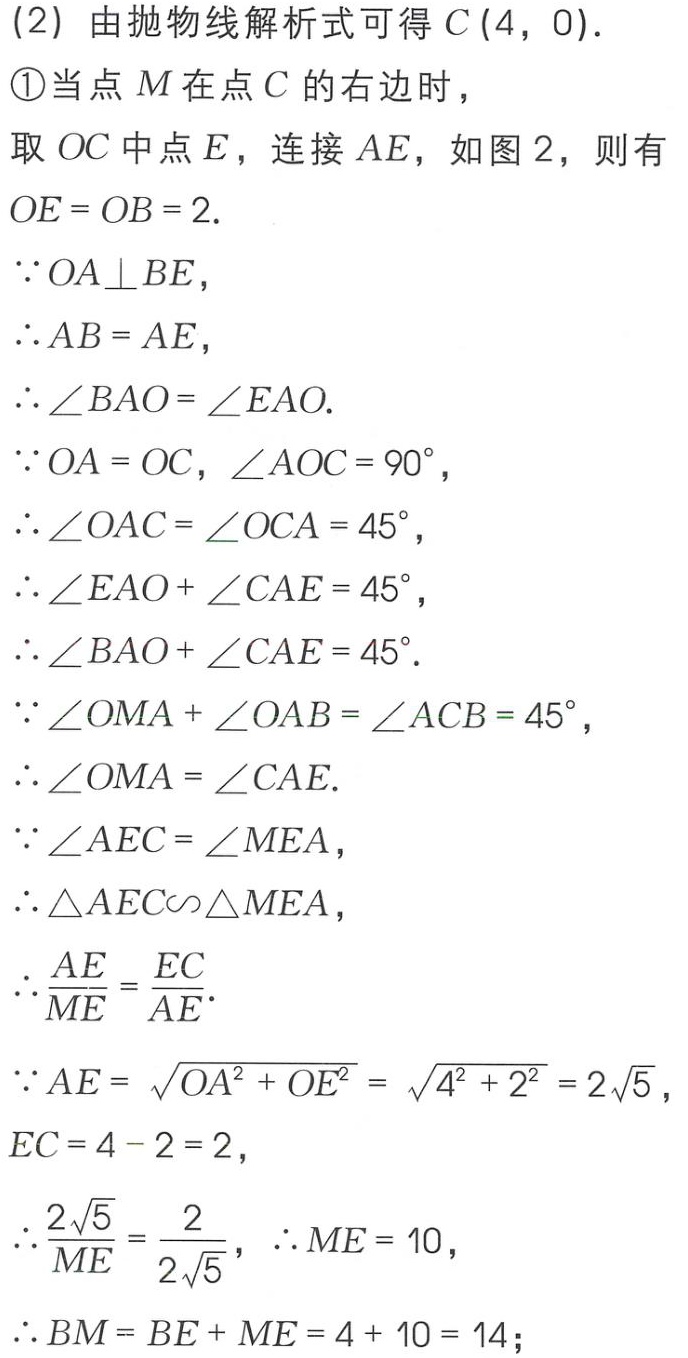
(2) 由抛物线解析式可得 \(C(4,0)\).
\textcircled{1}当点 \(M\) 在点 \(C\) 的右边时，
取 \(OC\) 中点 \(E\)，连接 \(AE\)，如图 2，则有 \(OE = OB = 2\).
\(\because OA\perp BE\)，
\(\therefore AB = AE\)，
\(\therefore \angle BAO=\angle EAO\).
\(\because OA = OC\)，\(\angle AOC = 90^{\circ}\)，
\(\therefore \angle OAC=\angle OCA = 45^{\circ}\)，
\(\therefore \angle EAO+\angle CAE = 45^{\circ}\)，
\(\therefore \angle BAO+\angle CAE = 45^{\circ}\).
\(\because \angle OMA+\angle OAB=\angle ACB = 45^{\circ}\)，
\(\therefore \angle OMA=\angle CAE\).
\(\because \angle AEC=\angle MEA\)，
\(\therefore \triangle AEC\sim\triangle MEA\)，
\(\therefore \frac{AE}{ME}=\frac{EC}{AE}\).
\(\because AE = \sqrt{OA^{2}+OE^{2}}=\sqrt{4^{2}+2^{2}} = 2\sqrt{5}\)，
\(EC = 4 - 2 = 2\)，
\(\therefore \frac{2\sqrt{5}}{ME}=\frac{2}{2\sqrt{5}}\)，\(\therefore ME = 10\)，
\(\therefore BM = BE+ME = 4 + 10 = 14\);